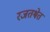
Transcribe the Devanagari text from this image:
रजतश्वेत